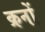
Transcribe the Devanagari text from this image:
क्रनों